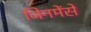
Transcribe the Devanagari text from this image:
जिनमेंसे